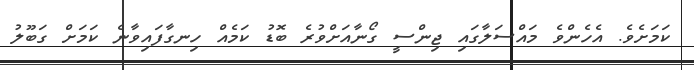
ކަމަށެވެ. އެހެންވެ މައްސަލާގައި ޖިންސީ ގޯނާއަށްވުރެ ބޮޑު ކަމެއް ހިނގާފައިވާނެ ކަމަށް ގަބޫލު